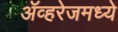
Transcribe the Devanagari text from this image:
ॲव्हरेजमध्ये